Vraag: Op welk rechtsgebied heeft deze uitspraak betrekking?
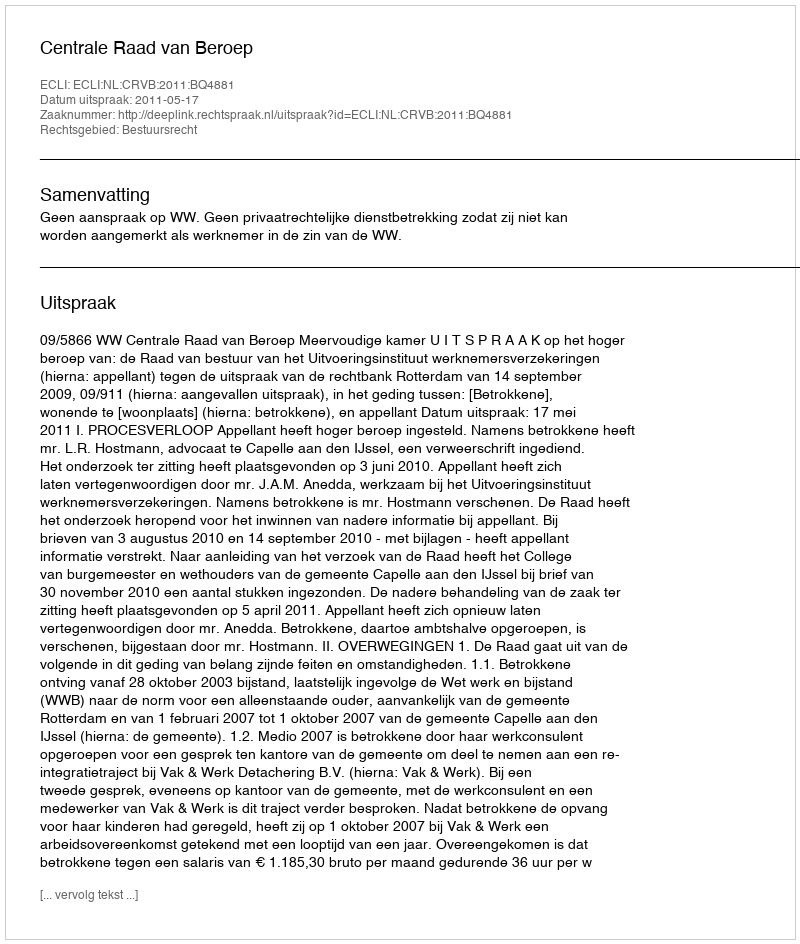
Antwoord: Bestuursrecht